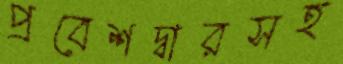
প্রবেশদ্বারসহ